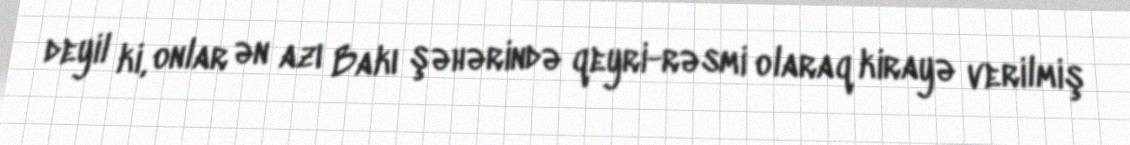
deyil ki, onlar ən azı Bakı şəhərində qeyri-rəsmi olaraq kirayə verilmiş